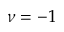
\nu = - 1